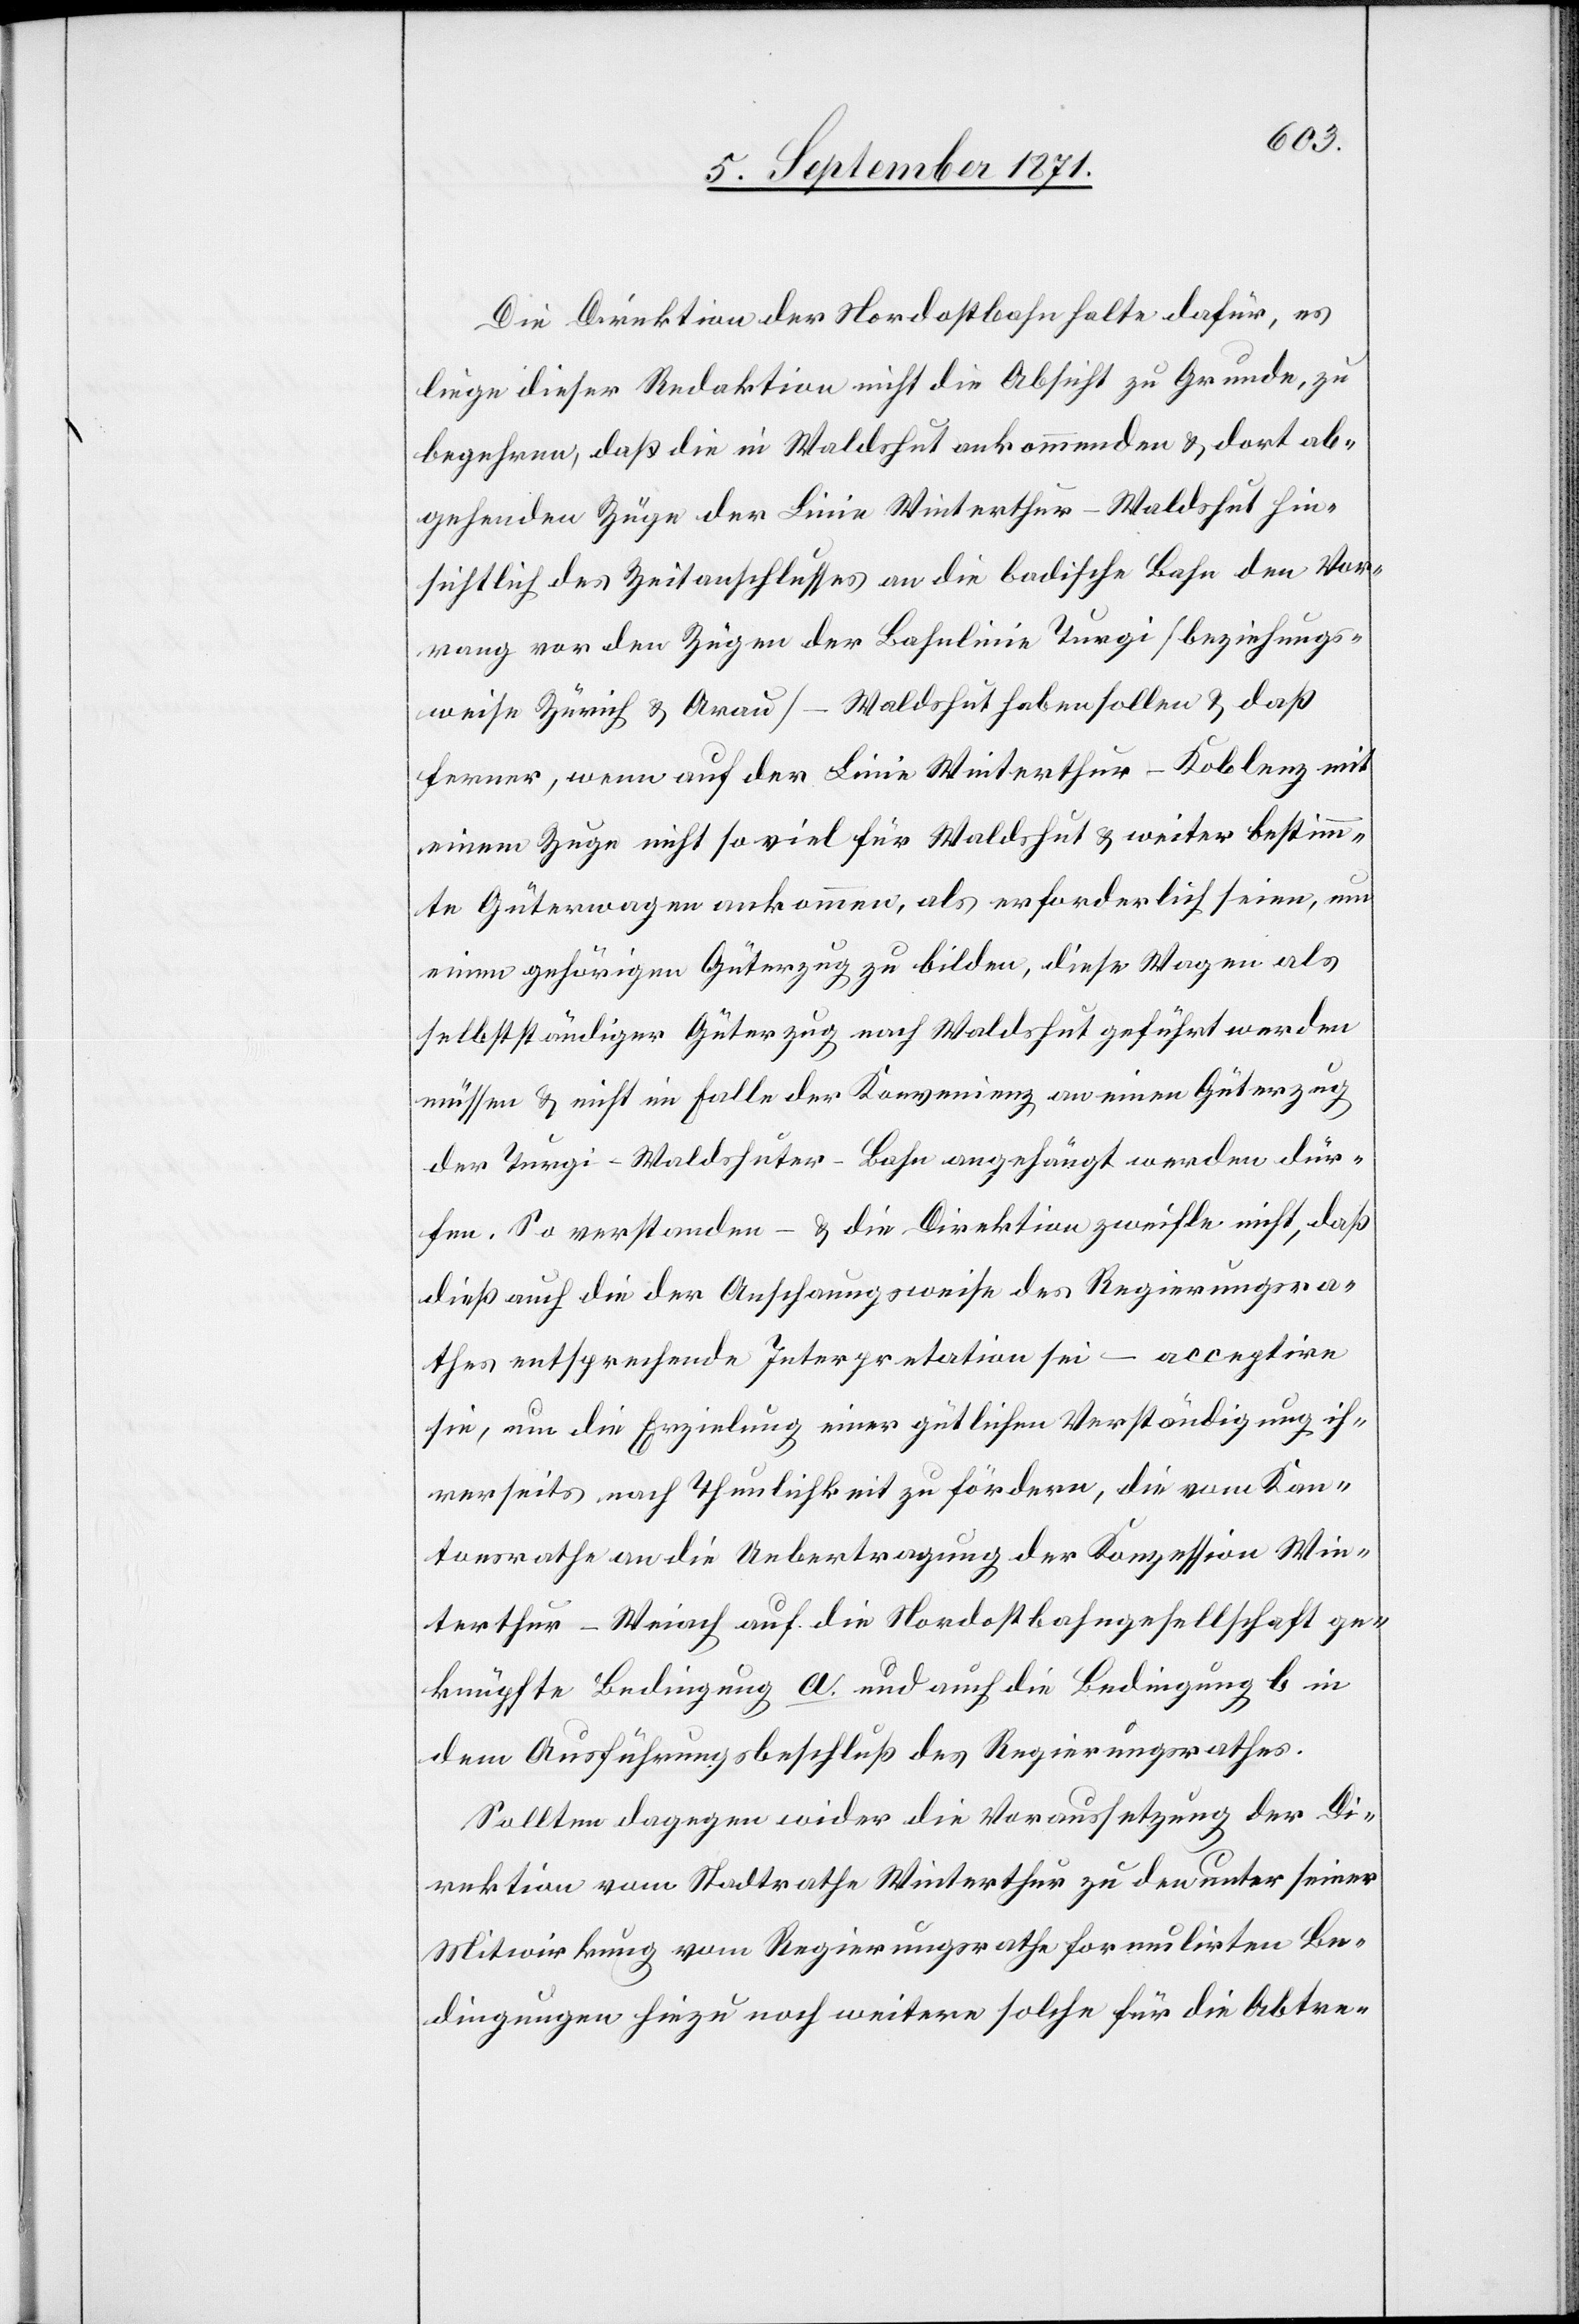
Die Direktion der Nordostbahn halte dafür, es
liege dieser Redaktion nicht die Absicht zu Grunde, zu
begehren, daß die in Waldshut ankommenden & dort ab¬
gehenden Züge der Linie Winterthur–Waldshut hin¬
sichtlich des Zeitanschlusses an die badische Bahn den Vor¬
rang vor den Zügen der Bahnlinie Turgi [beziehungs¬
weise Zürich & Aarau] – Waldshut haben sollen & daß
ferner, wenn auf der Linie Winterthur–Koblenz mit
einem Zuge nicht soviel für Waldshut & weiter bestimm¬
te Güterwagen ankommen, als erforderlich seien, um
einen gehörigen Güterzug zu bilden, diese Wagen als
selbstständiger Güterzug nach Waldshut geführt werden
müssen & nicht im Falle der Konvenienz an einem Güterzug
der Turgi–Waldshuter-Bahn angehängt werden dür¬
fen. So verstanden – & die Direktion zweifle nicht, daß
dieß auch die der Anschauungsweise des Regierungsra¬
thes entsprechende Interpretation sei – acceptire
sie, um die Erzielung einer gütlichen Verständigung ih¬
rerseits nach Thunlichkeit zu fördern, die vom Kan¬
tonsrathe an die Uebertragung der Konzession Win¬
terthur–Weiach auf die Nordostbahngesellschaft ge¬
knüpfte Bedingung a. und auch die Bedingung b in
dem Ausführungsbeschluß des Regierungsrathes.
Sollten dagegen wider die Voraussetzung der Di¬
rektion vom Stadtrathe Winterthur zu den unter seiner
Mitwirkung vom Regierungsrathe formulirten Be¬
dingungen hiezu noch weitere solche für die Abtre-